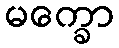
မက္ခော